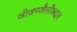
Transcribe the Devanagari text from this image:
जीवनशैलीबद्दल